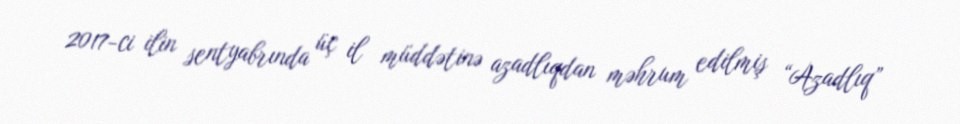
2017-ci ilin sentyabrında üç il müddətinə azadlıqdan məhrum edilmiş “Azadlıq”